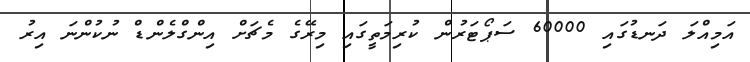
އަމިއްލަ ދަނޑުގައި 60000 ސަޕޯޓަރުން ކުރިމަތީގައި މިރޭގެ މެޗަށް އިންގްލެންޑް ނުކުންނަ އިރު